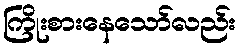
ကြိုးစားနေသော်လည်း